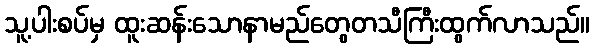
သူ့ပါးစပ်မှ ထူးဆန်းသောနာမည်တွေတသီကြီးထွက်လာသည်။